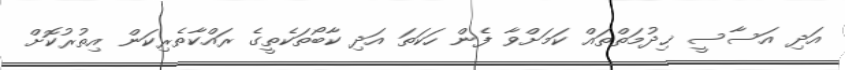
އަދި އަސާސީ ޚިދުމަތްތައް ކަމަށްވާ ފެން ހަކަތަ އަދި ކާބޯތަކެތީގެ ރައްކާތެރިކަން އިތުރުކޮށް